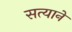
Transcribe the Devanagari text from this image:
सत्याने